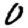
Digit: 0